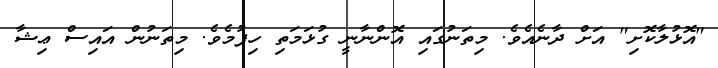
"އޮޅުލާކޮށި" އަށް ދާނެއެވެ. މިތަނުގައި އޮންނާނީ ގުޅަމަތި ހިފުމެވެ. މިތަނުން އައިސް ޢިޝާ